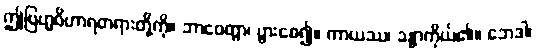
ဤဗြဟ္မဝိဟာရတရားတို့ကို။ ဘာဝေတွာ၊ ပွားစေ၍။ ကာယဿ၊ ခန္ဓာကိုယ်၏။ ဘေဒါ၊